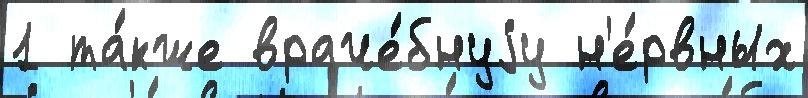
1 та́кже враче́бнуjу н'е́рвных